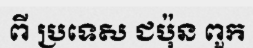
ពី ប្រទេស ជប៉ុន ពួក